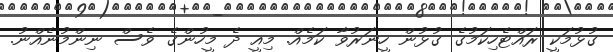
ގުޅުމަކީ ރައްޓެހިކަމުގެ ގުޅުން ހީނަރުވާ ކަމެއް. މިއީ ދެ މީހުންގެ ވެސް ނިންމުނެއްނު.